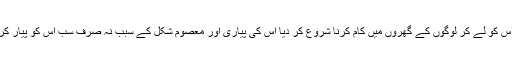
اپنی بھوک تو برداشت کر لیتی تھی مگر بیٹی کی بھوک برداشت نہ کر پائی اور اس کو لے کر لوگوں کے گھروں میں کام کرنا شروع کر دیا اس کی پیاری اور معصوم شکل کے سبب نہ صرف سب اس کو پیار کرتے کرتے بلکہ اس کو ملنے والے تحفے اور پیسے مجھے بھی سکھ دینے لگے۔